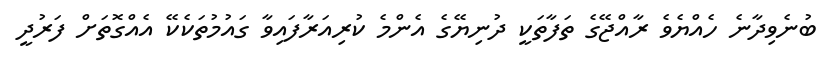
ބުނެވިދާނެ ހެއްޔެވެ ރާއްޖޭގެ ތަފާތަކީ ދުނިޔޭގެ އެންމެ ކުރިއަރާފައިވާ ގައުމުތަކެކޭ އެއްގޮތަށް ފަރުދީ